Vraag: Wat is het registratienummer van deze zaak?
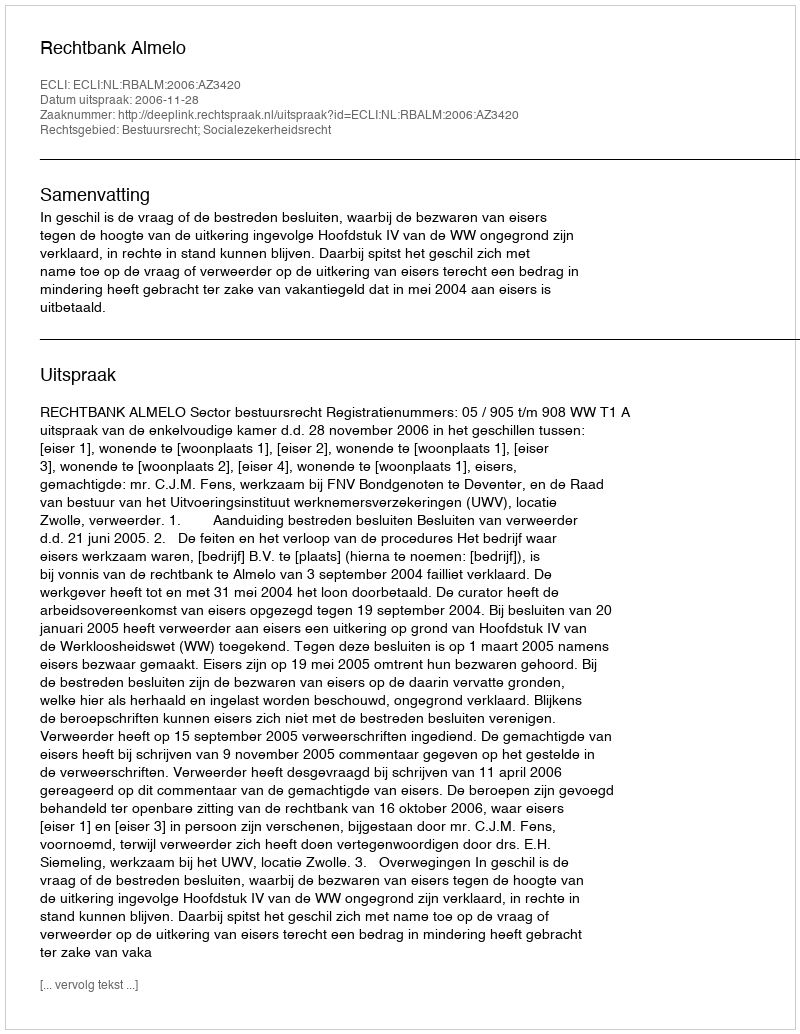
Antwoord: http://deeplink.rechtspraak.nl/uitspraak?id=ECLI:NL:RBALM:2006:AZ3420